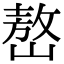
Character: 嶅